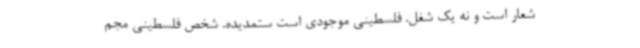
شعار است و نه یک شغل. فلسطینی موجودی است ستمدیده. شخص فلسطینی مجم